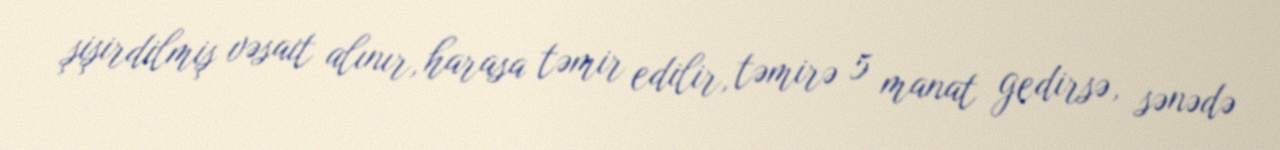
şişirdilmiş vəsait alınır, harasa təmir edilir, təmirə 5 manat gedirsə, sənədə